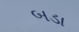
બડા